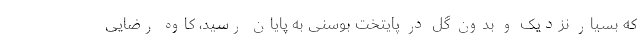
که بسیار نزدیک و بدون گل در پایتخت بوسنی به پایان رسید، کاوه رضایی